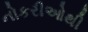
નોકરીઓથી